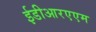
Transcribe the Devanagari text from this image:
ईडीआरएएम